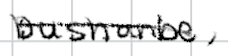
Text: Dushanbe,
Cross-out: single-line
Writing tool: digital_black